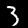
Digit: 3